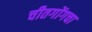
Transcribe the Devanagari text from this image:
चीतगोंगचा